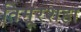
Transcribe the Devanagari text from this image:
तिमूरशहा